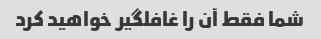
شما فقط آن را غافلگیر خواهید کرد